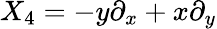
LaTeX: X_{4}=-y\partial_{x}+x\partial_{y}